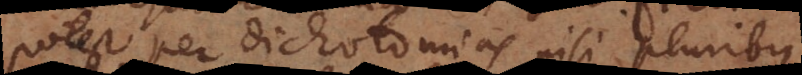
potest per dichotomias nisi pluribus